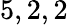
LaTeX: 5,2,2